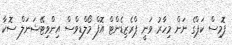
ޕޮމިސް ކަޕްގެ ނަން މިހާރު ވަނީ ޕްރެޒިޑެންޓް އޮފް މޯލްޑިވްސް އިންވިޓޭޝަނަލް ސޮކާ